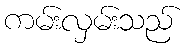
ကမ်းလှမ်းသည်